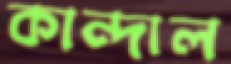
কান্দাল